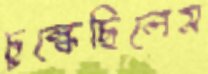
চুল্‌কেছিলেম